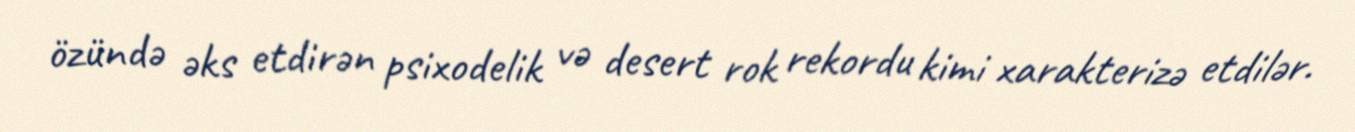
özündə əks etdirən psixodelik və desert rok rekordu kimi xarakterizə etdilər.